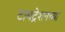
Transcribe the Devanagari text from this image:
टायट्रेशनच्या